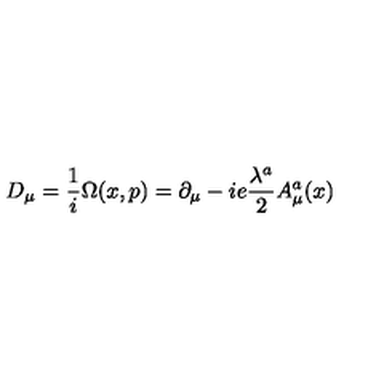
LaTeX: D _ { \mu } = \frac { 1 } { i } \Omega ( x , p ) = \partial _ { \mu } - i e \frac { \lambda ^ { a } } { 2 } A _ { \mu } ^ { a } ( x )